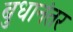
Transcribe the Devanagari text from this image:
बुधानंतर